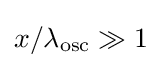
x/\lambda _{\text{osc}}\gg 1